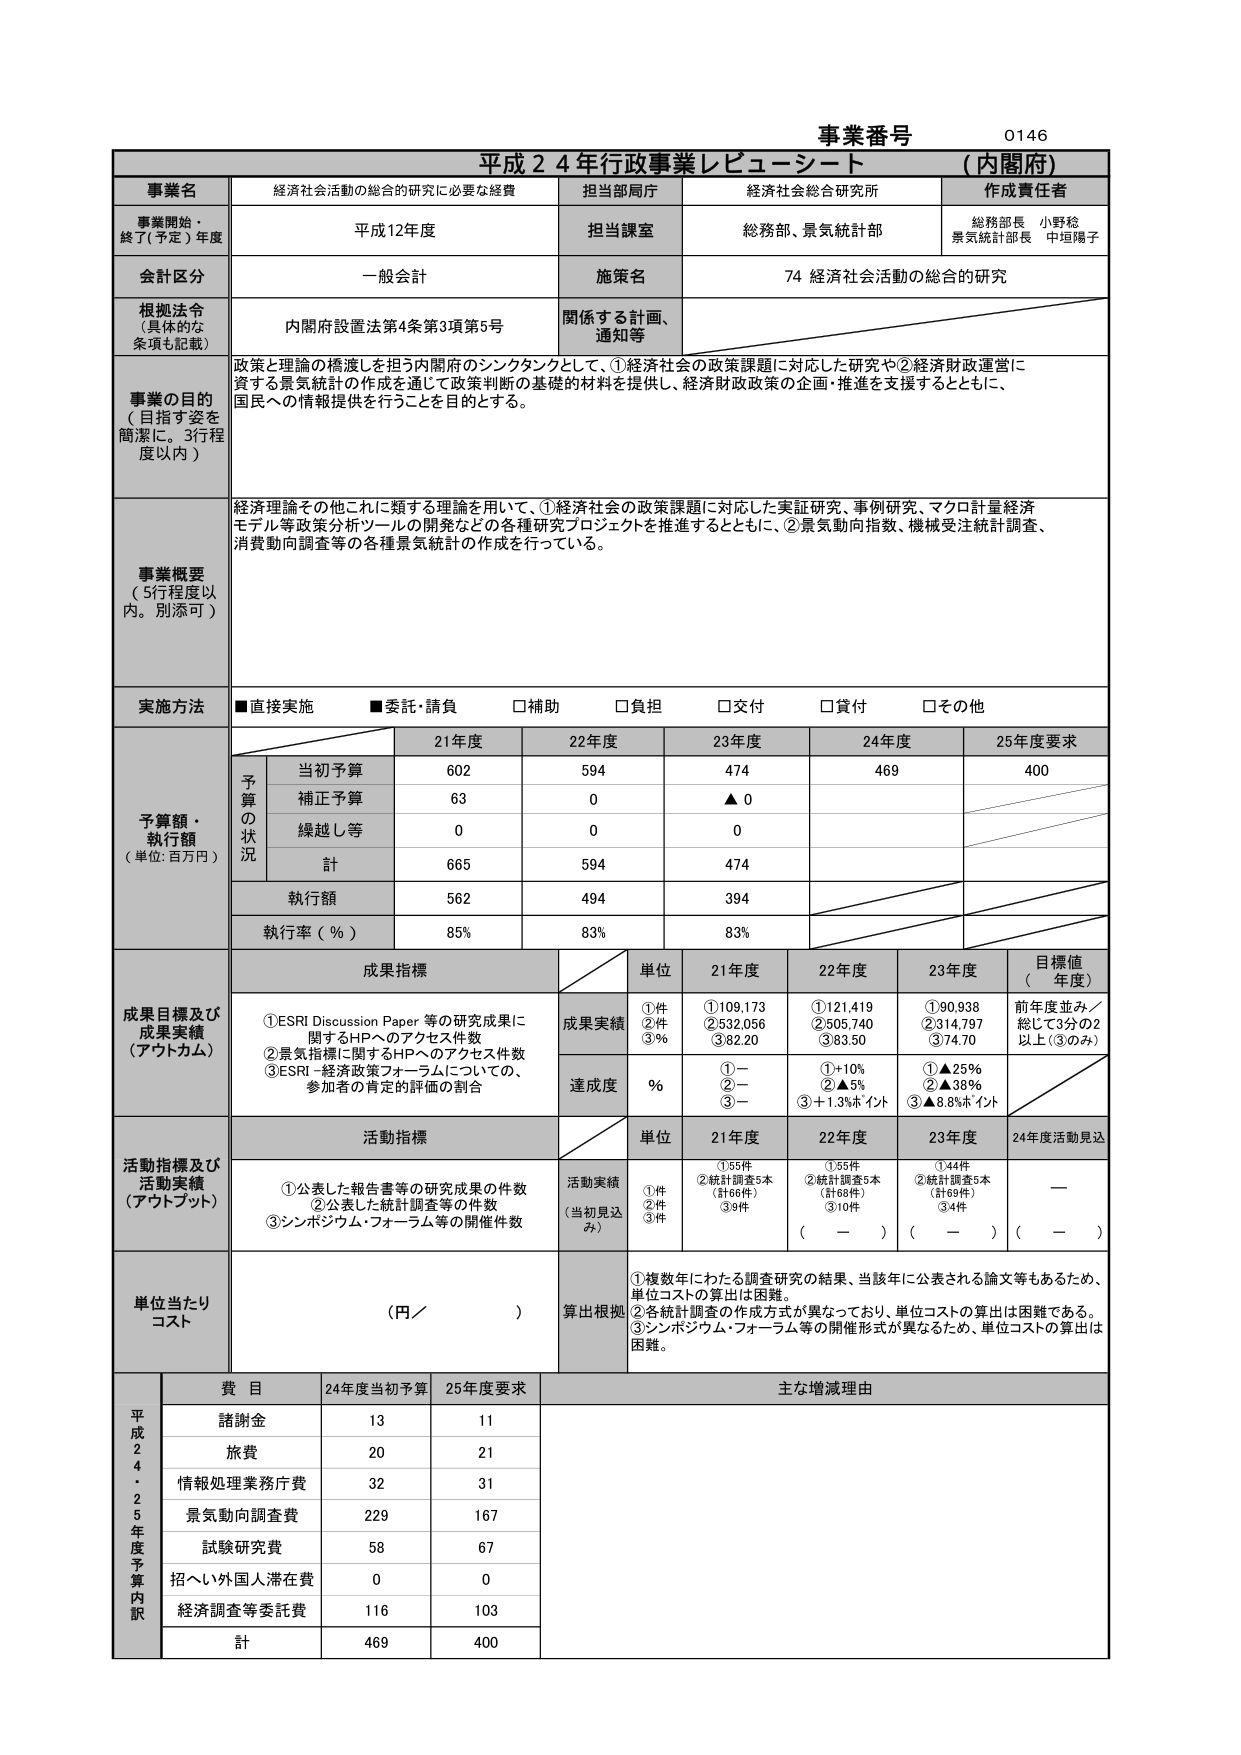
事業番号 0146
平成２４年行政事業レビュー・シート （内閣府）

事業名 経済社会活動の総合的研究に必要な経費
担当部局庁 経済社会総合研究所
作成責任者 総務部長 小野稔
景気統計部長 中垣陽子

事業開始・終了（予定）年度 平成12年度
担当課室 総務部、景気統計部

会計区分 一般会計
施策名 74 経済社会活動の総合的研究

根拠法令（具体的な条項も記載） 内閣府設置法第4条第3項第5号
関係する計画、通知等

事業の目的（目指す姿を簡潔に。3行程度以内）
政策と理論の橋渡しを担う内閣府のシンクタンクとして、①経済社会の政策課題に対応した研究や②経済財政運営に資する景気統計の作成を通じて政策判断の基礎的材料を提供し、経済財政政策の企画・推進を支援するとともに、国民への情報提供を行うことを目的とする。

事業概要（5行程度以内。別添可）
経済理論その他これに類する理論を用いて、①経済社会の政策課題に対応した実証研究、事例研究、マクロ計量経済モデル等政策分析ツールの開発などの各種研究プロジェクトを推進するとともに、②景気動向指数、機械受注統計調査、消費動向調査等の各種景気統計の作成を行っている。

実施方法 ■直接実施 ■委託・請負 □補助 □負担 □交付 □貸付 □その他

予算額・執行額（単位：百万円）
予算の状況
21年度 22年度 23年度 24年度 25年度要求
当初予算 602 594 474 469 400
補正予算 63 0 ▲0
繰越し等 0 0 0
計 665 594 474
執行額 562 494 394
執行率（％） 85% 83% 83%

成果目標及び成果実績（アウトカム）
成果目標
①ESRI Discussion Paper 等の研究成果に関するHPへのアクセス件数
②景気指標に関するHPへのアクセス件数
③ESRI－経済政策フォーラムについての、参加者の肯定的評価の割合
単位 21年度 22年度 23年度 目標値（年度）
成果実績
①件 ②件 ③％
①109,173 ②532,056 ③82.20
①121,419 ②505,740 ③83.50
①90,938 ②314,797 ③74.70
前年度並み／総て3分の2以上（③のみ）
達成度 ％
①ー ②ー ③ー
①＋10% ②▲5% ③＋1.3%ポイント
①▲25% ②▲38% ③▲8.8%ポイント

活動指標及び活動実績（アウトプット）
活動指標
①公表した報告書等の研究成果の件数
②公表した統計調査等の件数
③シンポジウム・フォーラム等の開催件数
単位 21年度 22年度 23年度 24年度活動見込
活動実績（当初見込み）
①件 ②件 ③件
①55件 ②統計調査5本（計66件） ③9件
①55件 ②統計調査5本（計68件） ③10件
①44件 ②統計調査5本（計69件） ③4件
ー
（ー） （ー） （ー）

単位当たりコスト（円／）
算出根拠
①複数年にわたる調査研究の結果、当該年に公表される論文等もあるため、単位コストの算出は困難。
②各統計調査の作成方式が異なっており、単位コストの算出は困難である。
③シンポジウム・フォーラム等の開催形式が異なるため、単位コストの算出は困難。

平成24・25年度予算内訳
費目 24年度当初予算 25年度要求 主な増減理由
諸謝金 13 11
旅費 20 21
情報処理業務庁費 32 31
景気動向調査費 229 167
試験研究費 58 67
招へい外国人滞在費 0 0
経済調査等委託費 116 103
計 469 400